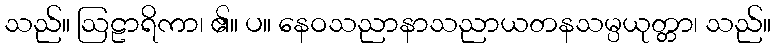
သည်။ ဩဠာရိကာ၊ ၏။ ပ။ နေဝသညာနာသညာယတနသမ္ပယုတ္တာ၊ သည်။